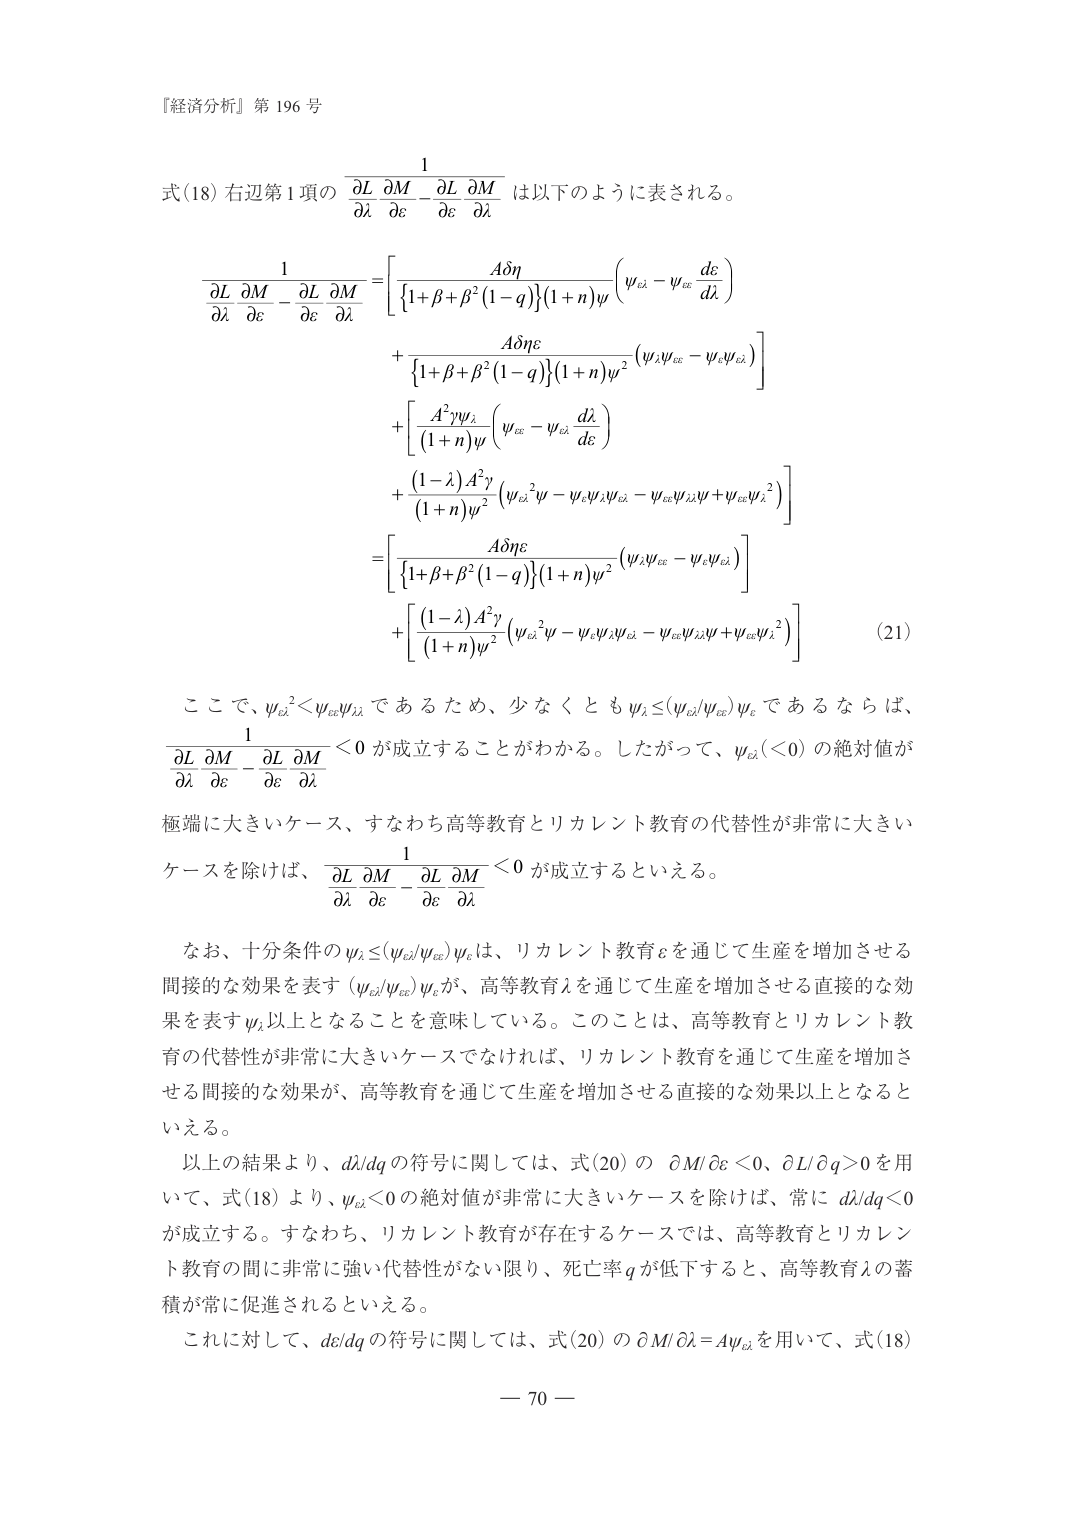
『経済分析』第 196 号

式(18) 右辺第 1 項の $\displaystyle \frac{\partial L}{\partial \lambda} \frac{\partial M}{\partial \varepsilon} - \frac{\partial L}{\partial \varepsilon} \frac{\partial M}{\partial \lambda}$ は以下のように表される。

$$
\begin{aligned}
\frac{1}{\displaystyle \frac{\partial L}{\partial \lambda} \frac{\partial M}{\partial \varepsilon} - \frac{\partial L}{\partial \varepsilon} \frac{\partial M}{\partial \lambda}} &= \left[ \frac{A \delta \eta}{\left\{1 + \beta + \beta^2 (1 - q)\right\} (1 + n) \psi} \left( \psi_{\varepsilon \lambda} - \psi_{\varepsilon \varepsilon} \frac{d\varepsilon}{d\lambda} \right) \right. \\
&\quad + \left. \frac{A \delta \eta \varepsilon}{\left\{1 + \beta + \beta^2 (1 - q)\right\} (1 + n) \psi^2} \left( \psi_\lambda \psi_{\varepsilon \varepsilon} - \psi_\varepsilon \psi_{\varepsilon \lambda} \right) \right] \\
&\quad + \left[ \frac{A^2 \gamma \psi_\lambda}{(1 + n) \psi} \left( \psi_{\varepsilon \varepsilon} - \psi_{\varepsilon \lambda} \frac{d\lambda}{d\varepsilon} \right) \right. \\
&\quad + \left. \frac{(1 - \lambda) A^2 \gamma}{(1 + n) \psi^2} \left( \psi_{\varepsilon \lambda}^2 \psi - \psi_\lambda \psi_\varepsilon \psi_{\varepsilon \lambda} - \psi_{\varepsilon \varepsilon} \psi_{\varepsilon \lambda} \psi + \psi_{\varepsilon \varepsilon} \psi_\lambda^2 \right) \right] \\
&= \left[ \frac{A \delta \eta \varepsilon}{\left\{1 + \beta + \beta^2 (1 - q)\right\} (1 + n) \psi^2} \left( \psi_\lambda \psi_{\varepsilon \varepsilon} - \psi_\varepsilon \psi_{\varepsilon \lambda} \right) \right] \\
&\quad + \left[ \frac{(1 - \lambda) A^2 \gamma}{(1 + n) \psi^2} \left( \psi_{\varepsilon \lambda}^2 \psi - \psi_\varepsilon \psi_\lambda \psi_{\varepsilon \lambda} - \psi_{\varepsilon \varepsilon} \psi_{\varepsilon \lambda} \psi + \psi_{\varepsilon \varepsilon} \psi_\lambda^2 \right) \right]
\end{aligned}
\tag{21}
$$

ここで、$\psi_{\varepsilon \lambda}^2 < \psi_{\varepsilon \varepsilon} \psi_{\lambda \lambda}$ であるため、少なくとも $\psi_\lambda \leq (\psi_{\varepsilon \lambda} / \psi_{\varepsilon \varepsilon}) \psi_\varepsilon$ であるならば、$\displaystyle \frac{1}{\frac{\partial L}{\partial \lambda} \frac{\partial M}{\partial \varepsilon} - \frac{\partial L}{\partial \varepsilon} \frac{\partial M}{\partial \lambda}} < 0$ が成立することがわかる。したがって、$\psi_{\varepsilon \lambda} (< 0)$ の絶対値が極端に大きいケース、すなわち高等教育とリカレント教育の代替性が非常に大きいケースを除けば、$\displaystyle \frac{1}{\frac{\partial L}{\partial \lambda} \frac{\partial M}{\partial \varepsilon} - \frac{\partial L}{\partial \varepsilon} \frac{\partial M}{\partial \lambda}} < 0$ が成立するといえる。

なお、十分条件の $\psi_\lambda \leq (\psi_{\varepsilon \lambda} / \psi_{\varepsilon \varepsilon}) \psi_\varepsilon$ は、リカレント教育 $\varepsilon$ を通じて生産を増加させる間接的な効果を表す $(\psi_{\varepsilon \lambda} / \psi_{\varepsilon \varepsilon}) \psi_\varepsilon$ が、高等教育 $\lambda$ を通じて生産を増加させる直接的な効果を表す $\psi_\lambda$ 以上となることを意味している。このことは、高等教育とリカレント教育の代替性が非常に大きいケースでなければ、リカレント教育を通じて生産を増加させる間接的な効果が、高等教育を通じて生産を増加させる直接的な効果以上となるといえる。

以上の結果より、$d\lambda / dq$ の符号に関しては、式(20) の $\partial M / \partial \varepsilon < 0$、$\partial L / \partial q > 0$ を用いて、式(18) より、$\psi_{\varepsilon \lambda} < 0$ の絶対値が非常に大きいケースを除けば、常に $d\lambda / dq < 0$ が成立する。すなわち、リカレント教育が存在するケースでは、高等教育とリカレント教育の間に非常に強い代替性がない限り、死亡率 $q$ が低下すると、高等教育 $\lambda$ の蓄積が常に促進されるといえる。

これに対して、$d\varepsilon / dq$ の符号に関しては、式(20) の $\partial M / \partial \lambda = A \psi_{\varepsilon \lambda}$ を用いて、式(18)

— 70 —